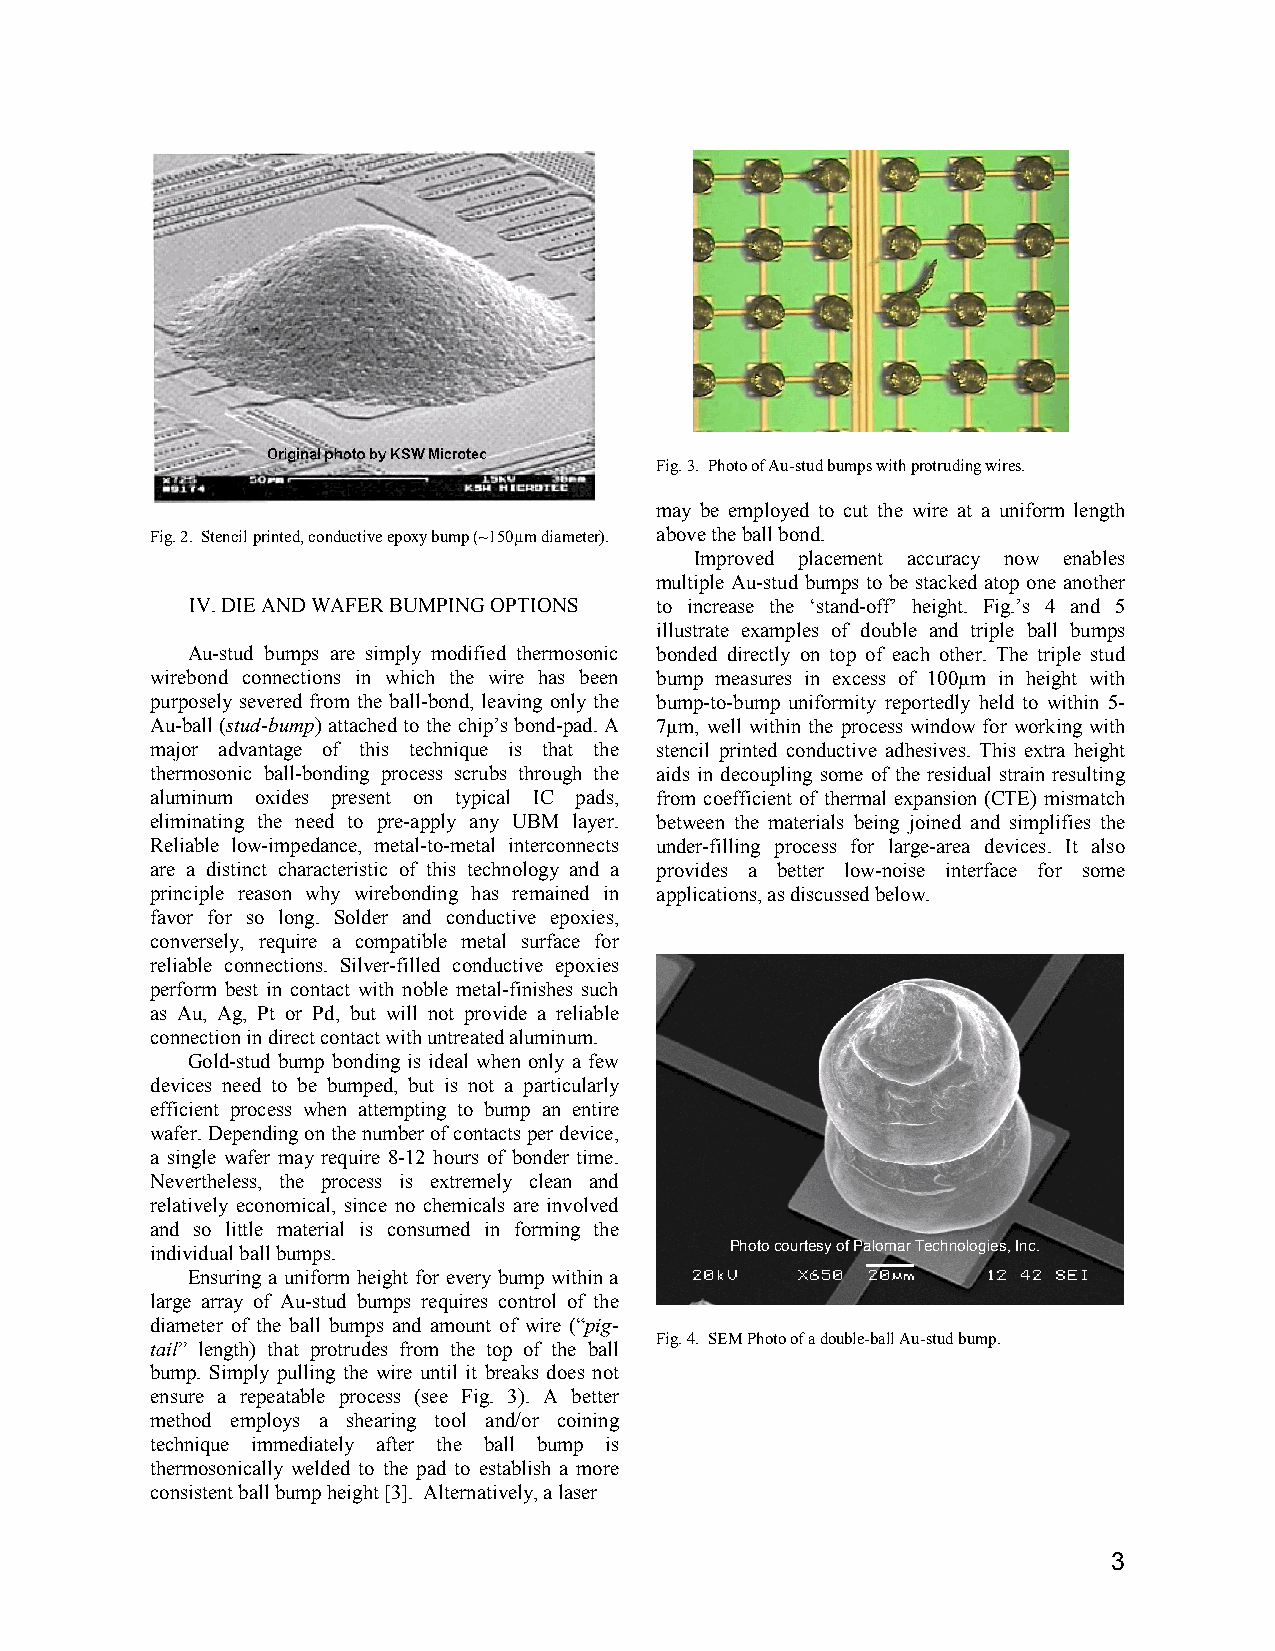
Fig. 3. Photo of Au-stud bumps with protruding wires.
 may be employed to cut the wire at a uniform length
 Fig. 2. Stencil printed, conductive epoxy bump (~150µm diameter). above the ball bond.
 Improved placement accuracy now enables
 multiple Au-stud bumps to be stacked atop one another
 IV. DIE AND WAFER BUMPING OPTIONS to increase the ‘stand-off’ height. Fig.’s 4 and 5
 illustrate examples of double and triple ball bumps
 Au-stud bumps are simply modified thermosonic bonded directly on top of each other. The triple stud
 wirebond connections in which the wire has been bump measures in excess of 100µm in height with
 purposely severed from the ball-bond, leaving only the bump-to-bump uniformity reportedly held to within 5-
 Au-ball (stud-bump) attached to the chip’s bond-pad. A 7µm, well within the process window for working with
 major advantage of this technique is that the stencil printed conductive adhesives. This extra height
 thermosonic ball-bonding process scrubs through the aids in decoupling some of the residual strain resulting
 aluminum oxides present on typical IC pads, from coefficient of thermal expansion (CTE) mismatch
 eliminating the need to pre-apply any UBM layer. between the materials being joined and simplifies the
 Reliable low-impedance, metal-to-metal interconnects under-filling process for large-area devices. It also
 are a distinct characteristic of this technology and a provides a better low-noise interface for some
 principle reason why wirebonding has remained in applications, as discussed below.
 favor for so long. Solder and conductive epoxies,
 conversely, require a compatible metal surface for
 reliable connections. Silver-filled conductive epoxies
 perform best in contact with noble metal-finishes such
 as Au, Ag, Pt or Pd, but will not provide a reliable
 connection in direct contact with untreated aluminum.
 Gold-stud bump bonding is ideal when only a few
 devices need to be bumped, but is not a particularly
 efficient process when attempting to bump an entire
 wafer. Depending on the number of contacts per device,
 a single wafer may require 8-12 hours of bonder time.
 Nevertheless, the process is extremely clean and
 relatively economical, since no chemicals are involved
 and so little material is consumed in forming the
 individual ball bumps.                Photo courtesy of Palomar Technologies, Inc.
 Ensuring a uniform height for every bump within a
 large array of Au-stud bumps requires control of the
 diameter of the ball bumps and amount of wire (“pig-
 Fig. 4. SEM Photo of a double-ball Au-stud bump.
 tail” length) that protrudes from the top of the ball
 bump. Simply pulling the wire until it breaks does not
 ensure a repeatable process (see Fig. 3). A better
 method employs a shearing tool and/or coining
 technique immediately after the ball bump is
 thermosonically welded to the pad to establish a more
 consistent ball bump height [3]. Alternatively, a laser
 3